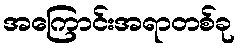
အကြောင်းအရာတစ်ခု